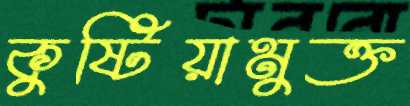
কুষ্টিয়ামুক্ত